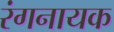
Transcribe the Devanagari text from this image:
रंगनायक